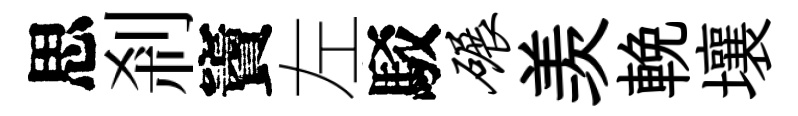
思剎竇左駁碾羡輓壤